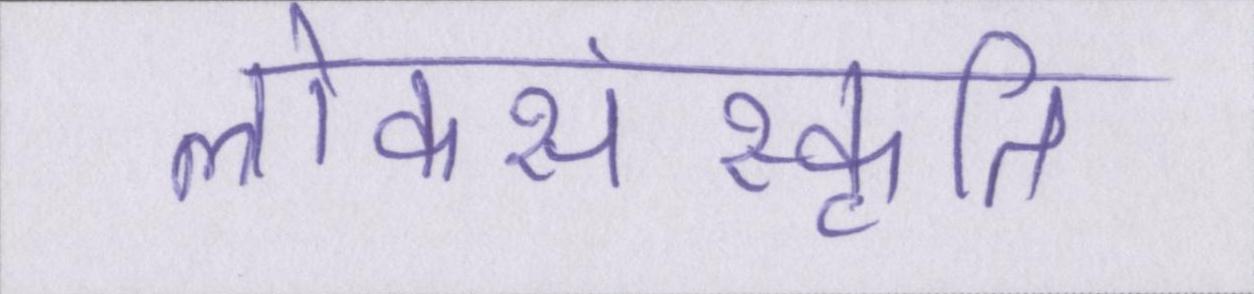
लोकसंस्कृति